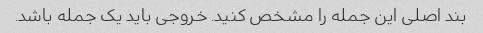
بند اصلی این جمله را مشخص کنید. خروجی باید یک جمله باشد.